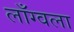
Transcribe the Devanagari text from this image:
लाँग्वला